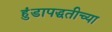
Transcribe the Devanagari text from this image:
हुंडापद्धतीच्या